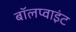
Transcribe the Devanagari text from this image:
बॉलप्वाइंट